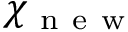
\mathbb { \chi } _ { \mathrm { ~ n ~ e ~ w ~ } }